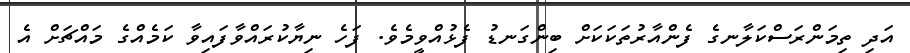
އަދި ތިމަންރަސްކަލާނގެ ފެންއާރުތަކަކަށް ބިންގަނޑު ފެޅުއްވީމެވެ. ފަހެ ނިޔާކުރައްވާފައިވާ ކަމެއްގެ މައްޗަށް އެ